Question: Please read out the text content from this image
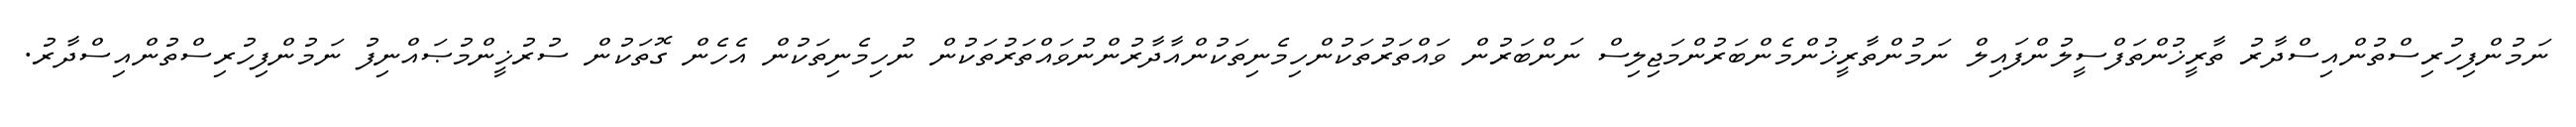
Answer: ނަމުންފިހުރިސްތުންއިސްދާރު ތާރީޚުންތަފްސީލުންފައިލް ނަމުންތާރީޚުންމެންބަރުންމަޖިލިސް ނަންބަރުން ވައްތަރުތަކުންހިމެނިތަކުންއާދާރުންނުވައްތަރުތަކުން ނުހިމެނިތަކުން އެހެން ގޮތަކުން ސުރުޚީންމުޞައްނިފު ނަމުންފިހުރިސްތުންއިސްދާރު.